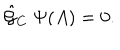
{ \hat { \cal G } } _ { C } \ \Psi ( A ) = 0 .